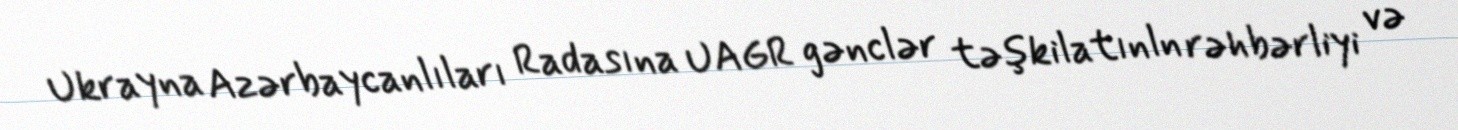
Ukrayna Azərbaycanlıları Radasına UAGR gənclər təşkilatınln rəhbərliyi və